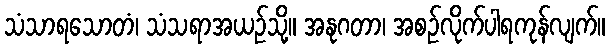
သံသာရသောတံ၊ သံသရာအယဉ်သို့။ အနုဂတာ၊ အစဉ်လိုက်ပါရကုန်လျက်။